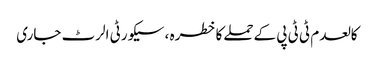
کالعدم ٹی ٹی پی کےحملےکاخطرہ ، سیکورٹی الرٹ جاری